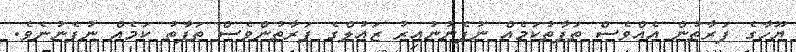
ޔޫހާގެ ފަރާތުން އެއްވެސް ތަފާތުކަމެއް ނުފެނުނުއިރު ޒައުލްގެ ފަރާތުންވެސް ތަފާތު ކަމެއް ނުފެނުނެވެ.